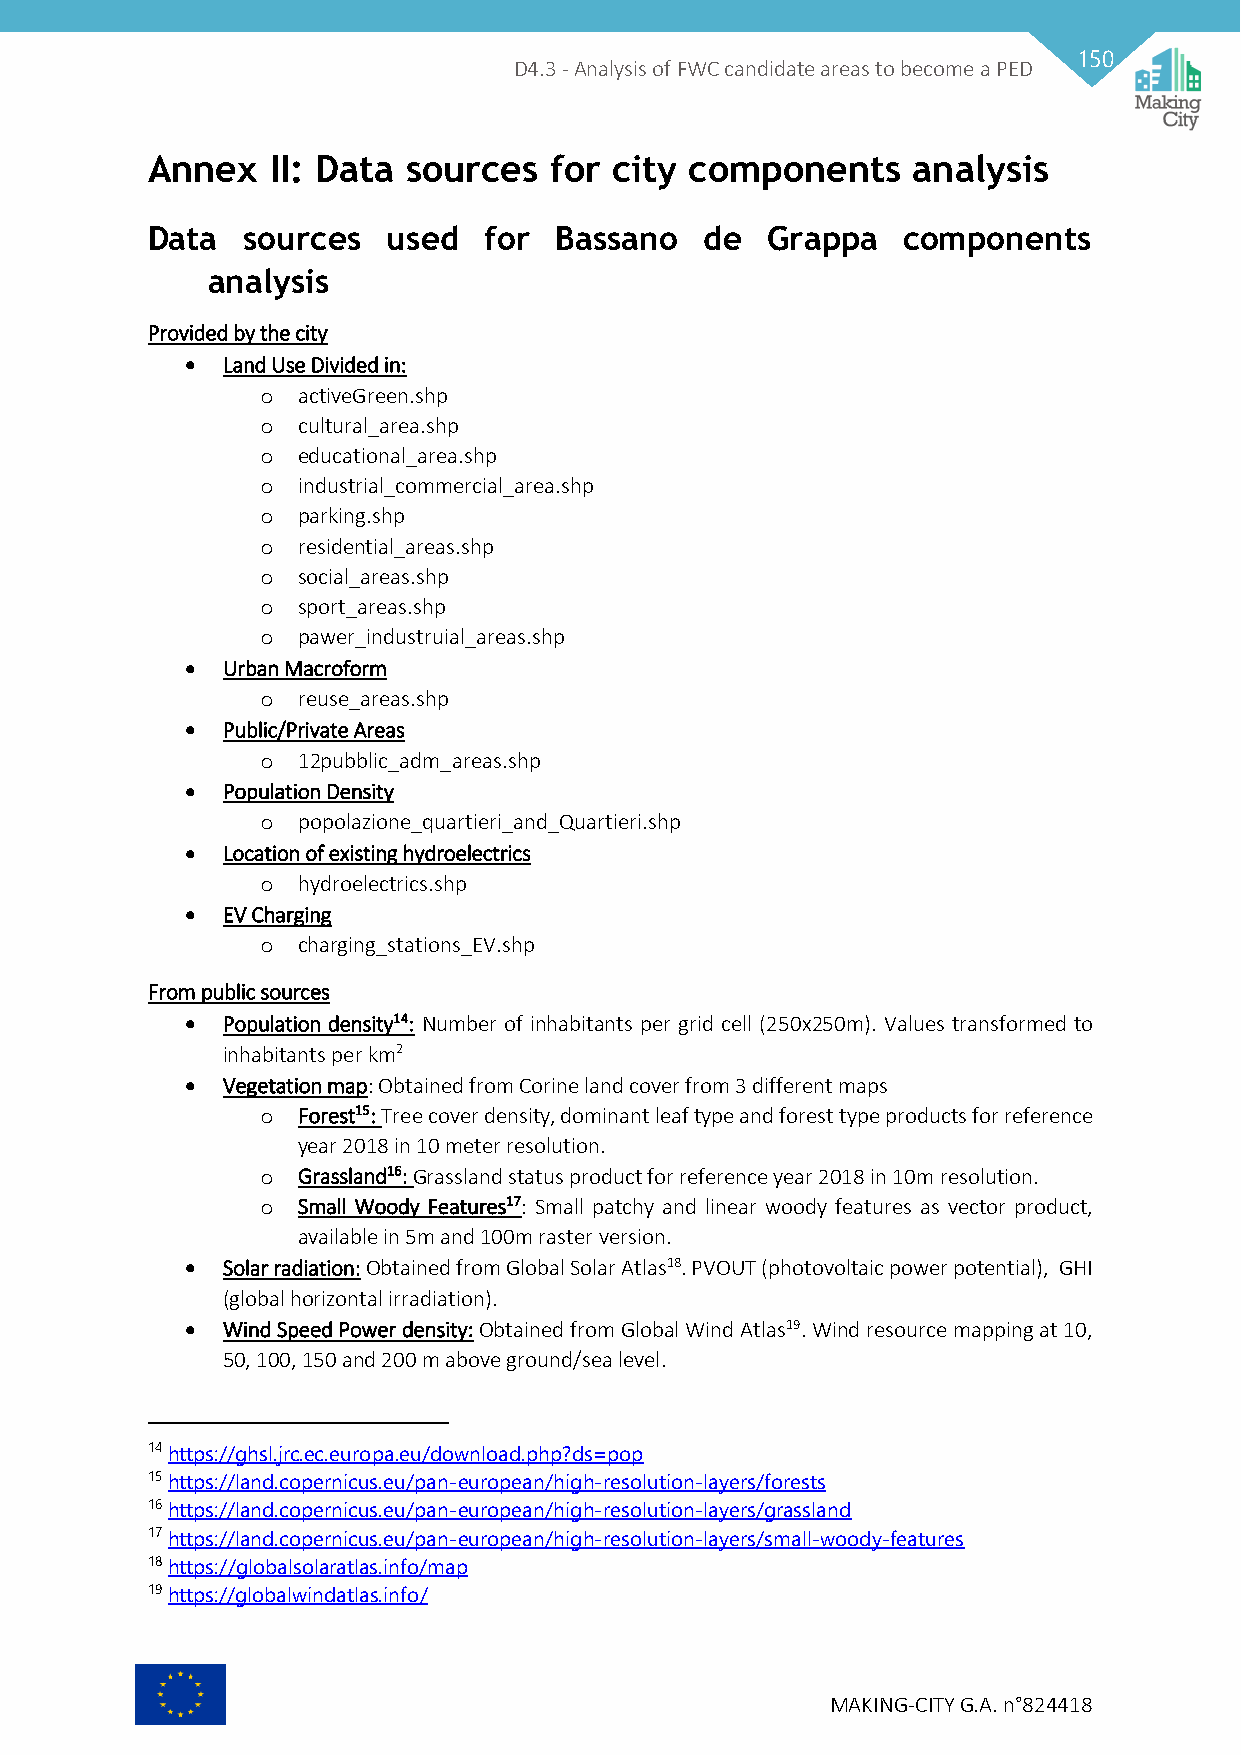
150
 D4.3 - Analysis of FWC candidate areas to become a PED
 Annex   II: Data sources  for city  components    analysis
 Data  sources   used  for  Bassano   de  Grappa   components
 analysis
 Provided by the city
   Land Use Divided in:
 o  activeGreen.shp
 o  cultural_area.shp
 o  educational_area.shp
 o  industrial_commercial_area.shp
 o  parking.shp
 o  residential_areas.shp
 o  social_areas.shp
 o  sport_areas.shp
 o  pawer_industruial_areas.shp
   Urban Macroform
 o  reuse_areas.shp
   Public/Private Areas
 o  12pubblic_adm_areas.shp
   Population Density
 o  popolazione_quartieri_and_Quartieri.shp
   Location of existing hydroelectrics
 o  hydroelectrics.shp
   EV Charging
 o  charging_stations_EV.shp
 From public sources
   Population density14: Number of inhabitants per grid cell (250x250m). Values transformed to
 inhabitants per km2
   Vegetation map: Obtained from Corine land cover from 3 different maps
 o  Forest15: Tree cover density, dominant leaf type and forest type products for reference
 year 2018 in 10 meter resolution.
 o  Grassland16: Grassland status product for reference year 2018 in 10m resolution.
 o  Small Woody Features17: Small patchy and linear woody features as vector product,
 available in 5m and 100m raster version.
   Solar radiation: Obtained from Global Solar Atlas18. PVOUT (photovoltaic power potential), GHI
 (global horizontal irradiation).
   Wind Speed Power density: Obtained from Global Wind Atlas19. Wind resource mapping at 10,
 50, 100, 150 and 200 m above ground/sea level.
 14 https://ghsl.jrc.ec.europa.eu/download.php?ds=pop
 15 https://land.copernicus.eu/pan-european/high-resolution-layers/forests
 16 https://land.copernicus.eu/pan-european/high-resolution-layers/grassland
 17 https://land.copernicus.eu/pan-european/high-resolution-layers/small-woody-features
 18 https://globalsolaratlas.info/map
 19 https://globalwindatlas.info/
 MAKING-CITY G.A. n°824418